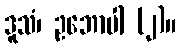
ဒူသံ၊ ဥဘောပါ (၂)။